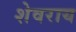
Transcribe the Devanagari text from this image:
शेवराय